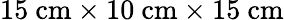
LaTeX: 15\ \mathrm{cm}\times 10\ \mathrm{cm}\times 15\ \mathrm{cm}